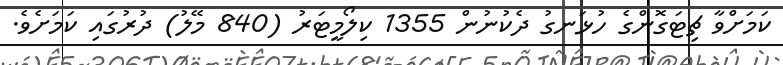
ކަމަށްވާ ޗިޓަގޮންގެ ހުޅަނގު ދެކުނުން 1355 ކިލޯމީޓަރު (840 މޭލު) ދުރުގައި ކަމަށެވެ.